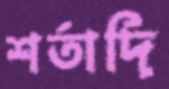
শর্তাদি